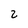
Character: 2